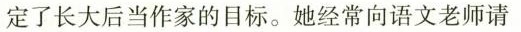
定了长大后当作家的目标。她经常向语文老师请